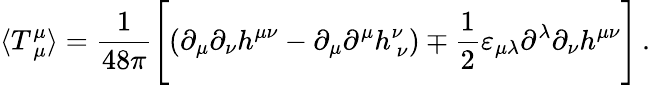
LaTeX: \langle T_{\ \mu}^{\mu}\rangle=\frac{1}{48\pi}\Biggl[\left(\partial_{\mu}\partial_{\nu}h^{\mu\nu}-\partial_{\mu}\partial^{\mu}h_{\ \nu}^{\nu}\right)\mp\frac{1}{2}\varepsilon_{\mu\lambda}\partial^{\lambda}\partial_{\nu}h^{\mu\nu}\Biggr]\, .